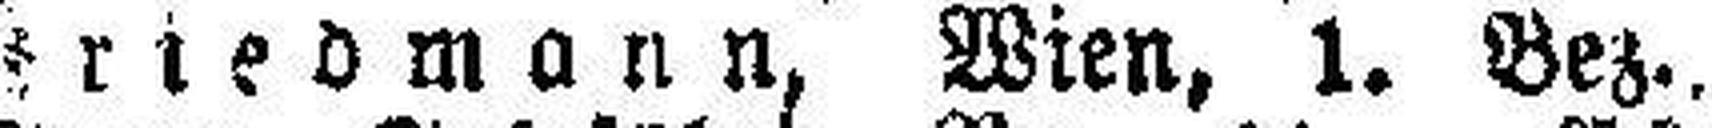
Friedmann, Wien, 1. Bez.